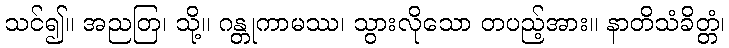
သင်၍။ အညတြ၊ သို့။ ဂန္တုကာမဿ၊ သွားလိုသော တပည့်အား။ နာတိသံခိတ္တံ၊